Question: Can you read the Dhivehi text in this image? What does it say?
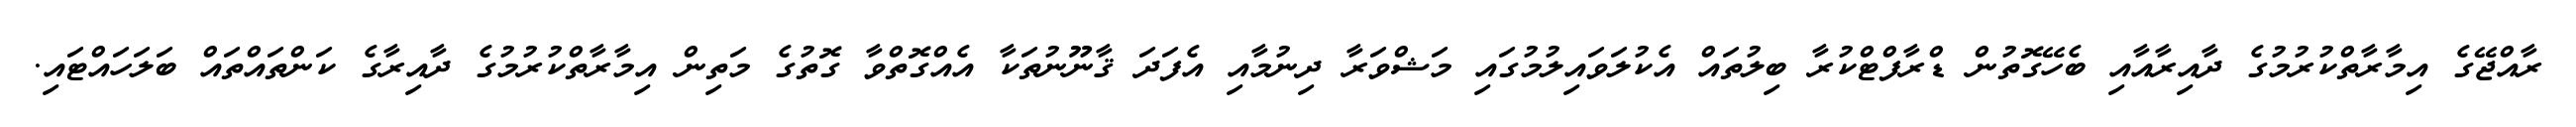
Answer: ރާއްޖޭގެ އިމާރާތްކުރުމުގެ ދާއިރާއާއި ބެހޭގޮތުން ޑްރާފްޓްކުރާ ބިލުތައް އެކުލަވައިލުމުގައި މަޝްވަރާ ދިނުމާއި އެފަދަ ޤާނޫނުތަކާ އެއްގޮތްވާ ގޮތުގެ މަތިން އިމާރާތްކުރުމުގެ ދާއިރާގެ ކަންތައްތައް ބަލަހައްޓައި.